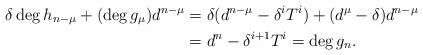
LaTeX: \begin{align*}\delta \deg h_{n-\mu} + (\deg g_{\mu}) d^{n-\mu} & = \delta ( d^{n-\mu}-\delta^iT^i ) + (d^{\mu}-\delta)d^{n-\mu} \\& = d^n - \delta^{i+1}T^i = \deg g_n.\end{align*}